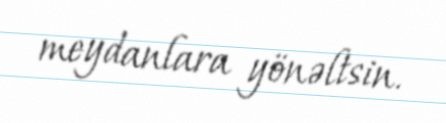
meydanlara yönəltsin.